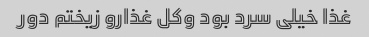
غذا خیلى سرد بود وکل غذارو زیختم دور